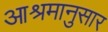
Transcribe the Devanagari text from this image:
आश्रमानुसार